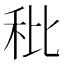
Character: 秕